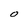
Character: O